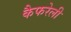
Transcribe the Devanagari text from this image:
कैफरेली